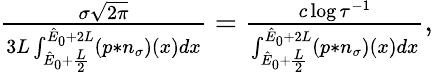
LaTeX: \begin{array}{r}{\frac{\sigma\sqrt{2\pi}}{3L\int_{\hat{E}_{0}+\frac{L}{2}}^{\hat{E}_{0}+2L}(p\ast n_{\sigma})(x)dx}=\frac{c\log{\tau^{-1}}}{\int_{\hat{E}_{0}+\frac{L}{2}}^{\hat{E}_{0}+2L}(p\ast n_{\sigma})(x)dx},}\end{array}